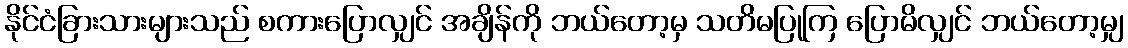
နိုင်ငံခြားသားများသည် စကားပြောလျှင် အချိန်ကို ဘယ်တော့မှ သတိမပြုကြ ပြောမိလျှင် ဘယ်တော့မျှ